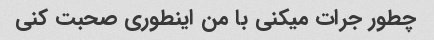
چطور جرات میکنی با من اینطوری صحبت کنی